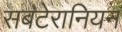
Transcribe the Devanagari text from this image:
सबटेरानियन